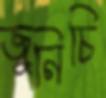
জুনিচি